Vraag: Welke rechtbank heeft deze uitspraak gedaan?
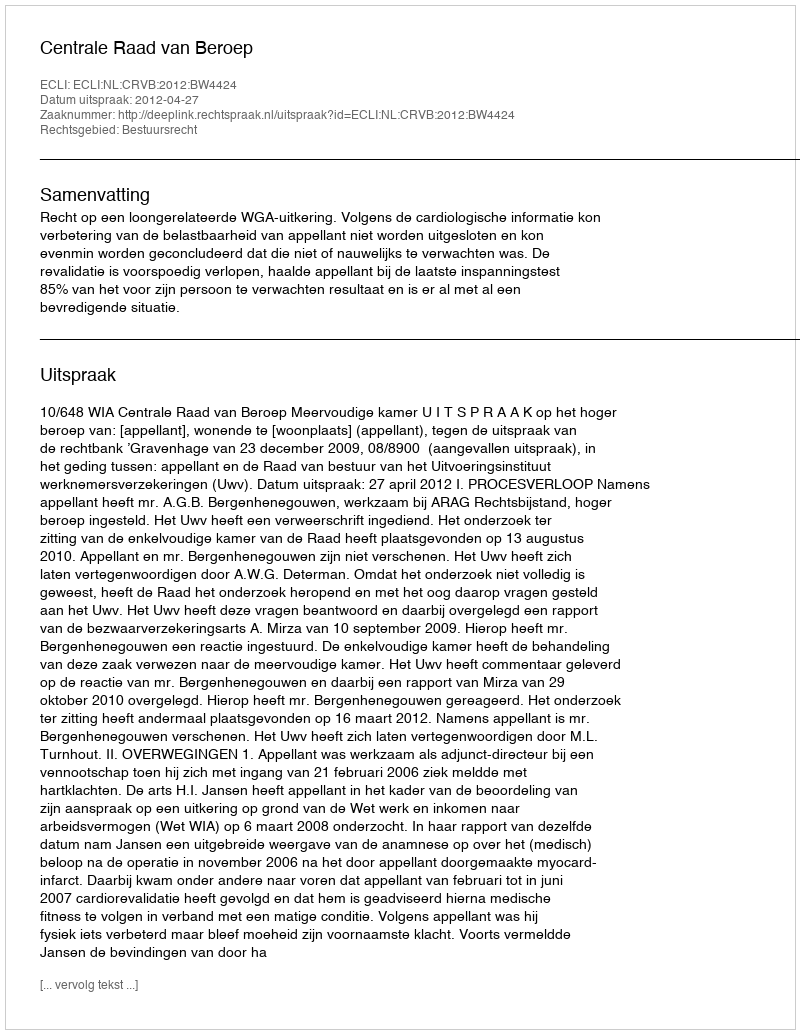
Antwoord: Centrale Raad van Beroep